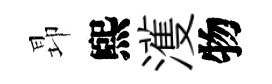
昻煕濩物